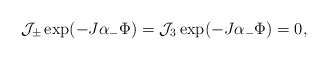
\begin{align*}{\cal J}_\pm \exp(-J\alpha_- \Phi)={\cal J}_3 \exp(-J\alpha_- \Phi)=0,\end{align*}